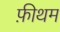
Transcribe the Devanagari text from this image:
फ़ीथम